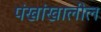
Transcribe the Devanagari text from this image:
पंखांखालील